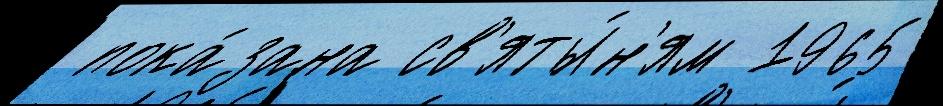
 пока́зана св'яты́н'ям 1965